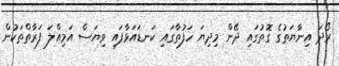
ރޯދަ އިނާޔަތުގެ ގޮތުގައި ދޭން މިދިޔަ ހަފުތާގައި ކަނޑައަޅާފައި ވިޔަސް އަމިއްލަ ފަރާތްތަކުން